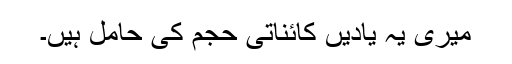
میری یہ یادیں کائناتی حجم کی حامل ہیں۔